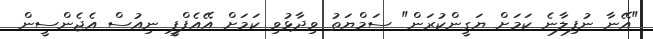
"އޭނާ ނުފިލާނެ ކަމަށް ޔަގީންކުރަން" ސަމްޔަތު ވިދާޅުވި ކަމަށް އޭއެފްޕީ ނިއުސް އެޖެންސީން